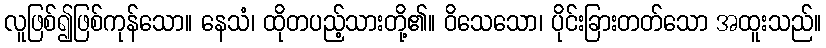
လူဖြစ်၍ဖြစ်ကုန်သော။ နေသံ၊ ထိုတပည့်သားတို့၏။ ဝိသေသော၊ ပိုင်းခြားတတ်သော အထူးသည်။